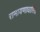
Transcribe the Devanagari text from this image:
रामायणाधारित